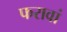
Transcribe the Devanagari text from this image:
फरावां